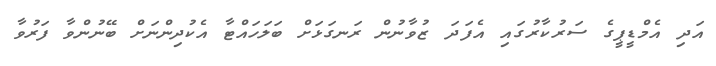
އަދި އެމްޑީޕީގެ ސަރުކާރުގައި އެފަދަ ޒުވާނުން ރަނގަޅަށް ބަލަހައްޓާ އެކުދިންނަށް ބޭނުންވާ ފަރުވާ